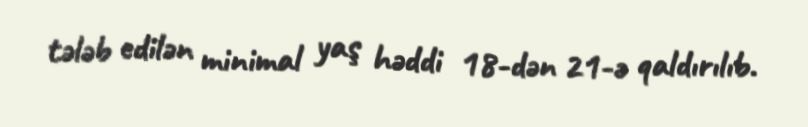
tələb edilən minimal yaş həddi 18-dən 21-ə qaldırılıb.